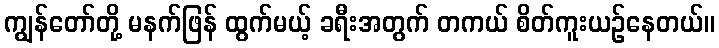
ကျွန်တော်တို့ မနက်ဖြန် ထွက်မယ့် ခရီးအတွက် တကယ် စိတ်ကူးယဉ်နေတယ်။